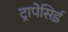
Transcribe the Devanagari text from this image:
ट्रापेसिई